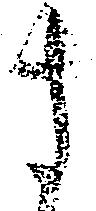
さ